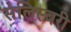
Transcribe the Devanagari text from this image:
सेलिस्बरी